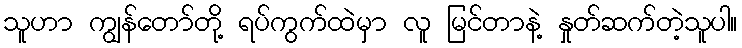
သူဟာ ကျွန်တော်တို့ ရပ်ကွက်ထဲမှာ လူ မြင်တာနဲ့ နှုတ်ဆက်တဲ့သူပါ။